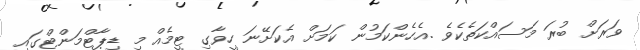
ވަރަށް ބުރަ މަސައްކަތެކެވެ .އެހެންކަމުން ކަމަށް އެކަށޭނަ ހީވާގި ޓީމެއް މި ޑިޕާޓްމަންޓްގައި